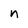
Character: n